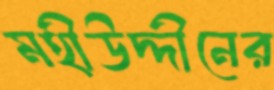
মহীউদ্দীনের